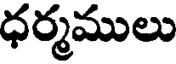
ధర్మములు